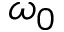
\omega _ { 0 }